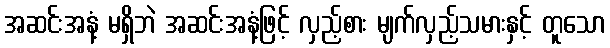
အဆင်းအနံ့ မရှိဘဲ အဆင်းအနံ့ဖြင့် လှည့်စား မျက်လှည့်သမားနှင့် တူသော